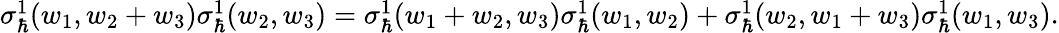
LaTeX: \begin{array}{r}{\sigma_{\hbar}^{1}(w_{1},w_{2}+w_{3})\sigma_{\hbar}^{1}(w_{2},w_{3})=\sigma_{\hbar}^{1}(w_{1}+w_{2},w_{3})\sigma_{\hbar}^{1}(w_{1},w_{2})+\sigma_{\hbar}^{1}(w_{2},w_{1}+w_{3})\sigma_{\hbar}^{1}(w_{1},w_{3}).}\end{array}